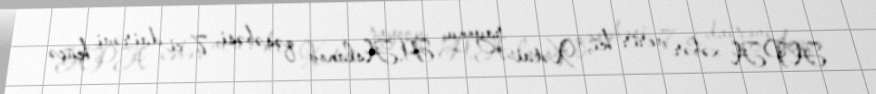
APA xəbər verir ki, Xətai rayonu, H.Aslanov qəsəbəsi, 7-ci dairəvi küçə